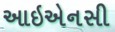
આઇએનસી